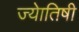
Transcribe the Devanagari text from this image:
ज्‍येातिषी